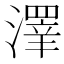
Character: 𱩎